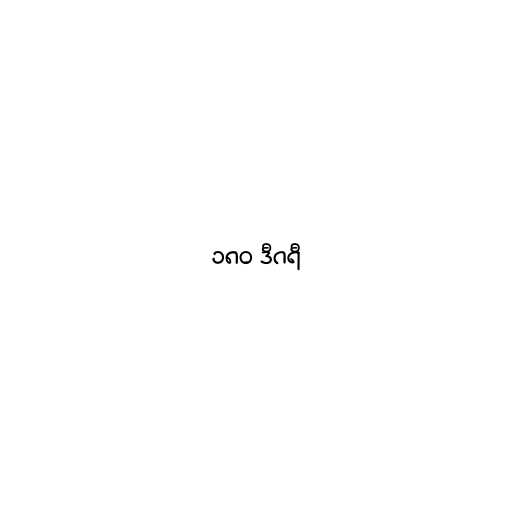
၁၈၀ ဒီဂရီ